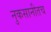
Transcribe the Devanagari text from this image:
नुकसानीतच